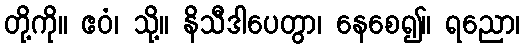
တို့ကို။ ဧဝံ၊ သို့။ နိသီဒါပေတွာ၊ နေစေ၍။ ရညော၊